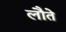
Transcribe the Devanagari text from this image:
लौते